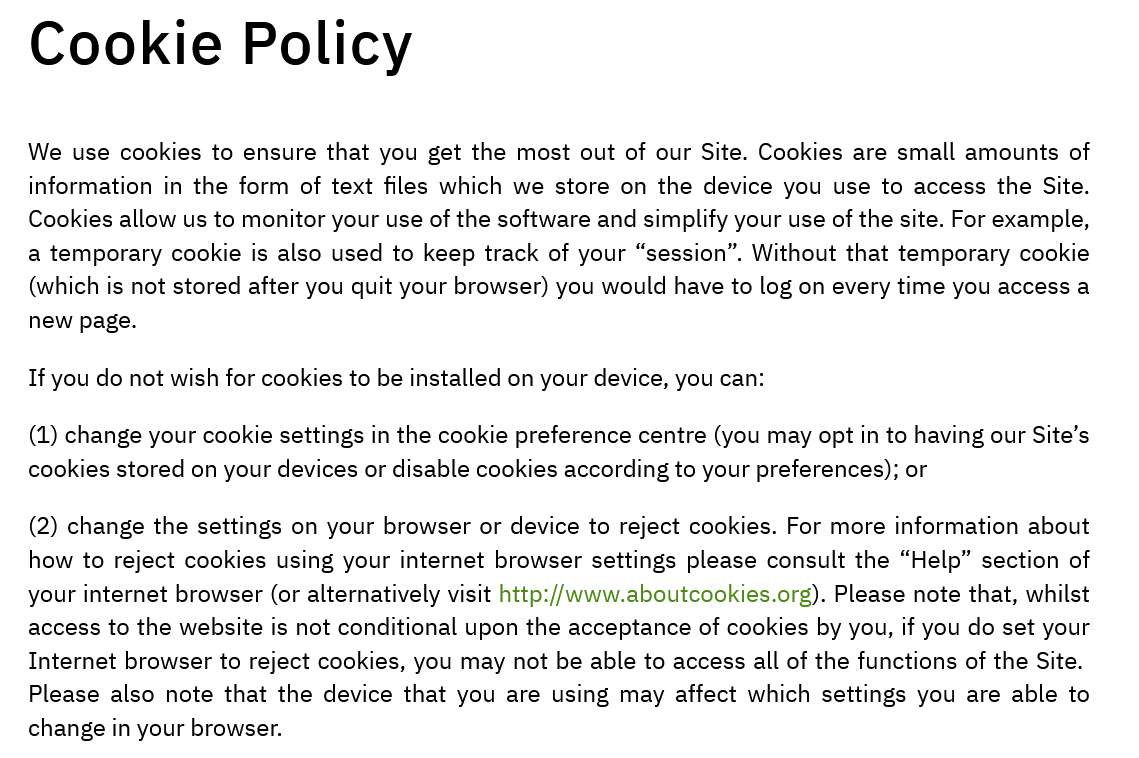
Cookie    Policy
   We  use cookies to ensure that you get the most out of our Site. Cookies are small amounts of
   information in the form of text files which we store on the device you use to access the Site.
   Cookies allow us to monitor your use of the software and simplify your use of the site. For example,
   a temporary cookie is also used to keep track of your “session”. Without that temporary cookie
   (which is not stored after you quit your browser) you would have to log on every time you access a
   new page.
   If you do not wish for cookies to be installed on your device, you can:
   (1) change your cookie settings in the cookie preference centre (you may opt in to having our Site’s
   cookies stored on your devices or disable cookies according to your preferences); or
   (2) change the settings on your browser or device to reject cookies. For more information about
   how  to reject cookies using your internet browser settings please consult the “Help” section of
   your internet browser (or alternatively visit http://www.aboutcookies.org). Please note that, whilst
   access to the website is not conditional upon the acceptance of cookies by you, if you do set your
   Internet browser to reject cookies, you may not be able to access all of the functions of the Site.
   Please also note that the device that you are using may affect which settings you are able to
   change in your browser.